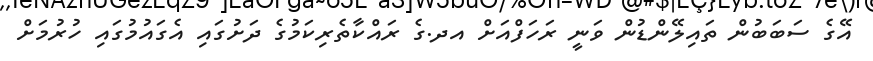
އޭގެ ސަބަބުން ތައިލޭންޑުން ވަނީ ރަހަފްއަށް އދ.ގެ ރައްކާތެރިކަމުގެ ދަށުގައި އެގައުމުގައި ހުރުމަށް